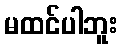
မထင်ပါဘူး